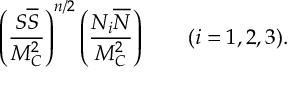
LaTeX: \left( { \frac { S { \overline { { S } } } } { M _ { C } ^ { 2 } } } \right) ^ { n / 2 } \left( { \frac { N _ { i } { \overline { { N } } } } { M _ { C } ^ { 2 } } } \right) \qquad ( i = 1 , 2 , 3 ) .